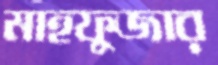
মাহফুজার